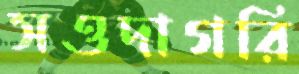
সওদাগরি